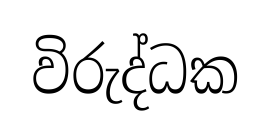
විරුද්ධක